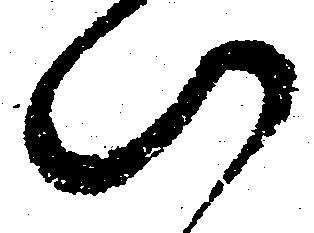
此